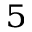
^ { 5 }